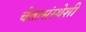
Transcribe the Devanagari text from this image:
चेतासंस्थेशी